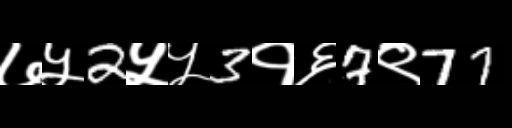
Text: ७५2५५3१६7९77